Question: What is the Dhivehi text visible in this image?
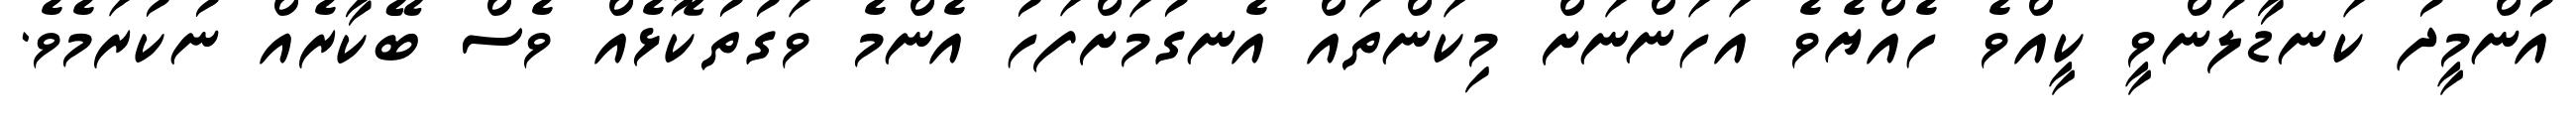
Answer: އުންމީދު ކަނޑާލަންވީ ކީއްވެ ހެއްޔެވެ އަހަންނަށް މިކަންތައް އެނގުމަށްފަހު އެންމެ ވަގުތުކޮޅެއް ވެސް ބޭކާރެއް ނުކުރަމެވެ.